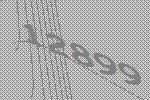
12899